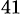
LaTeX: _{41}